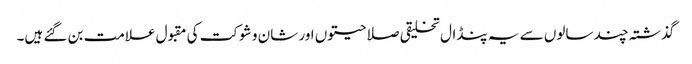
گذشتہ چند سالوں سے یہ پنڈال تخلیقی صلاحیتوں اور شان و شوکت کی مقبول علامت بن گئے ہیں۔